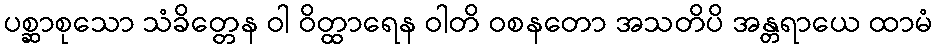
ပစ္ဆာစုသော သံခိတ္တေန ဝါ ဝိတ္ထာရေန ဝါတိ ဝစနတော အသတိပိ အန္တရာယေ ထာမံ